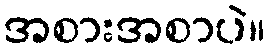
အစားအစာပဲ။